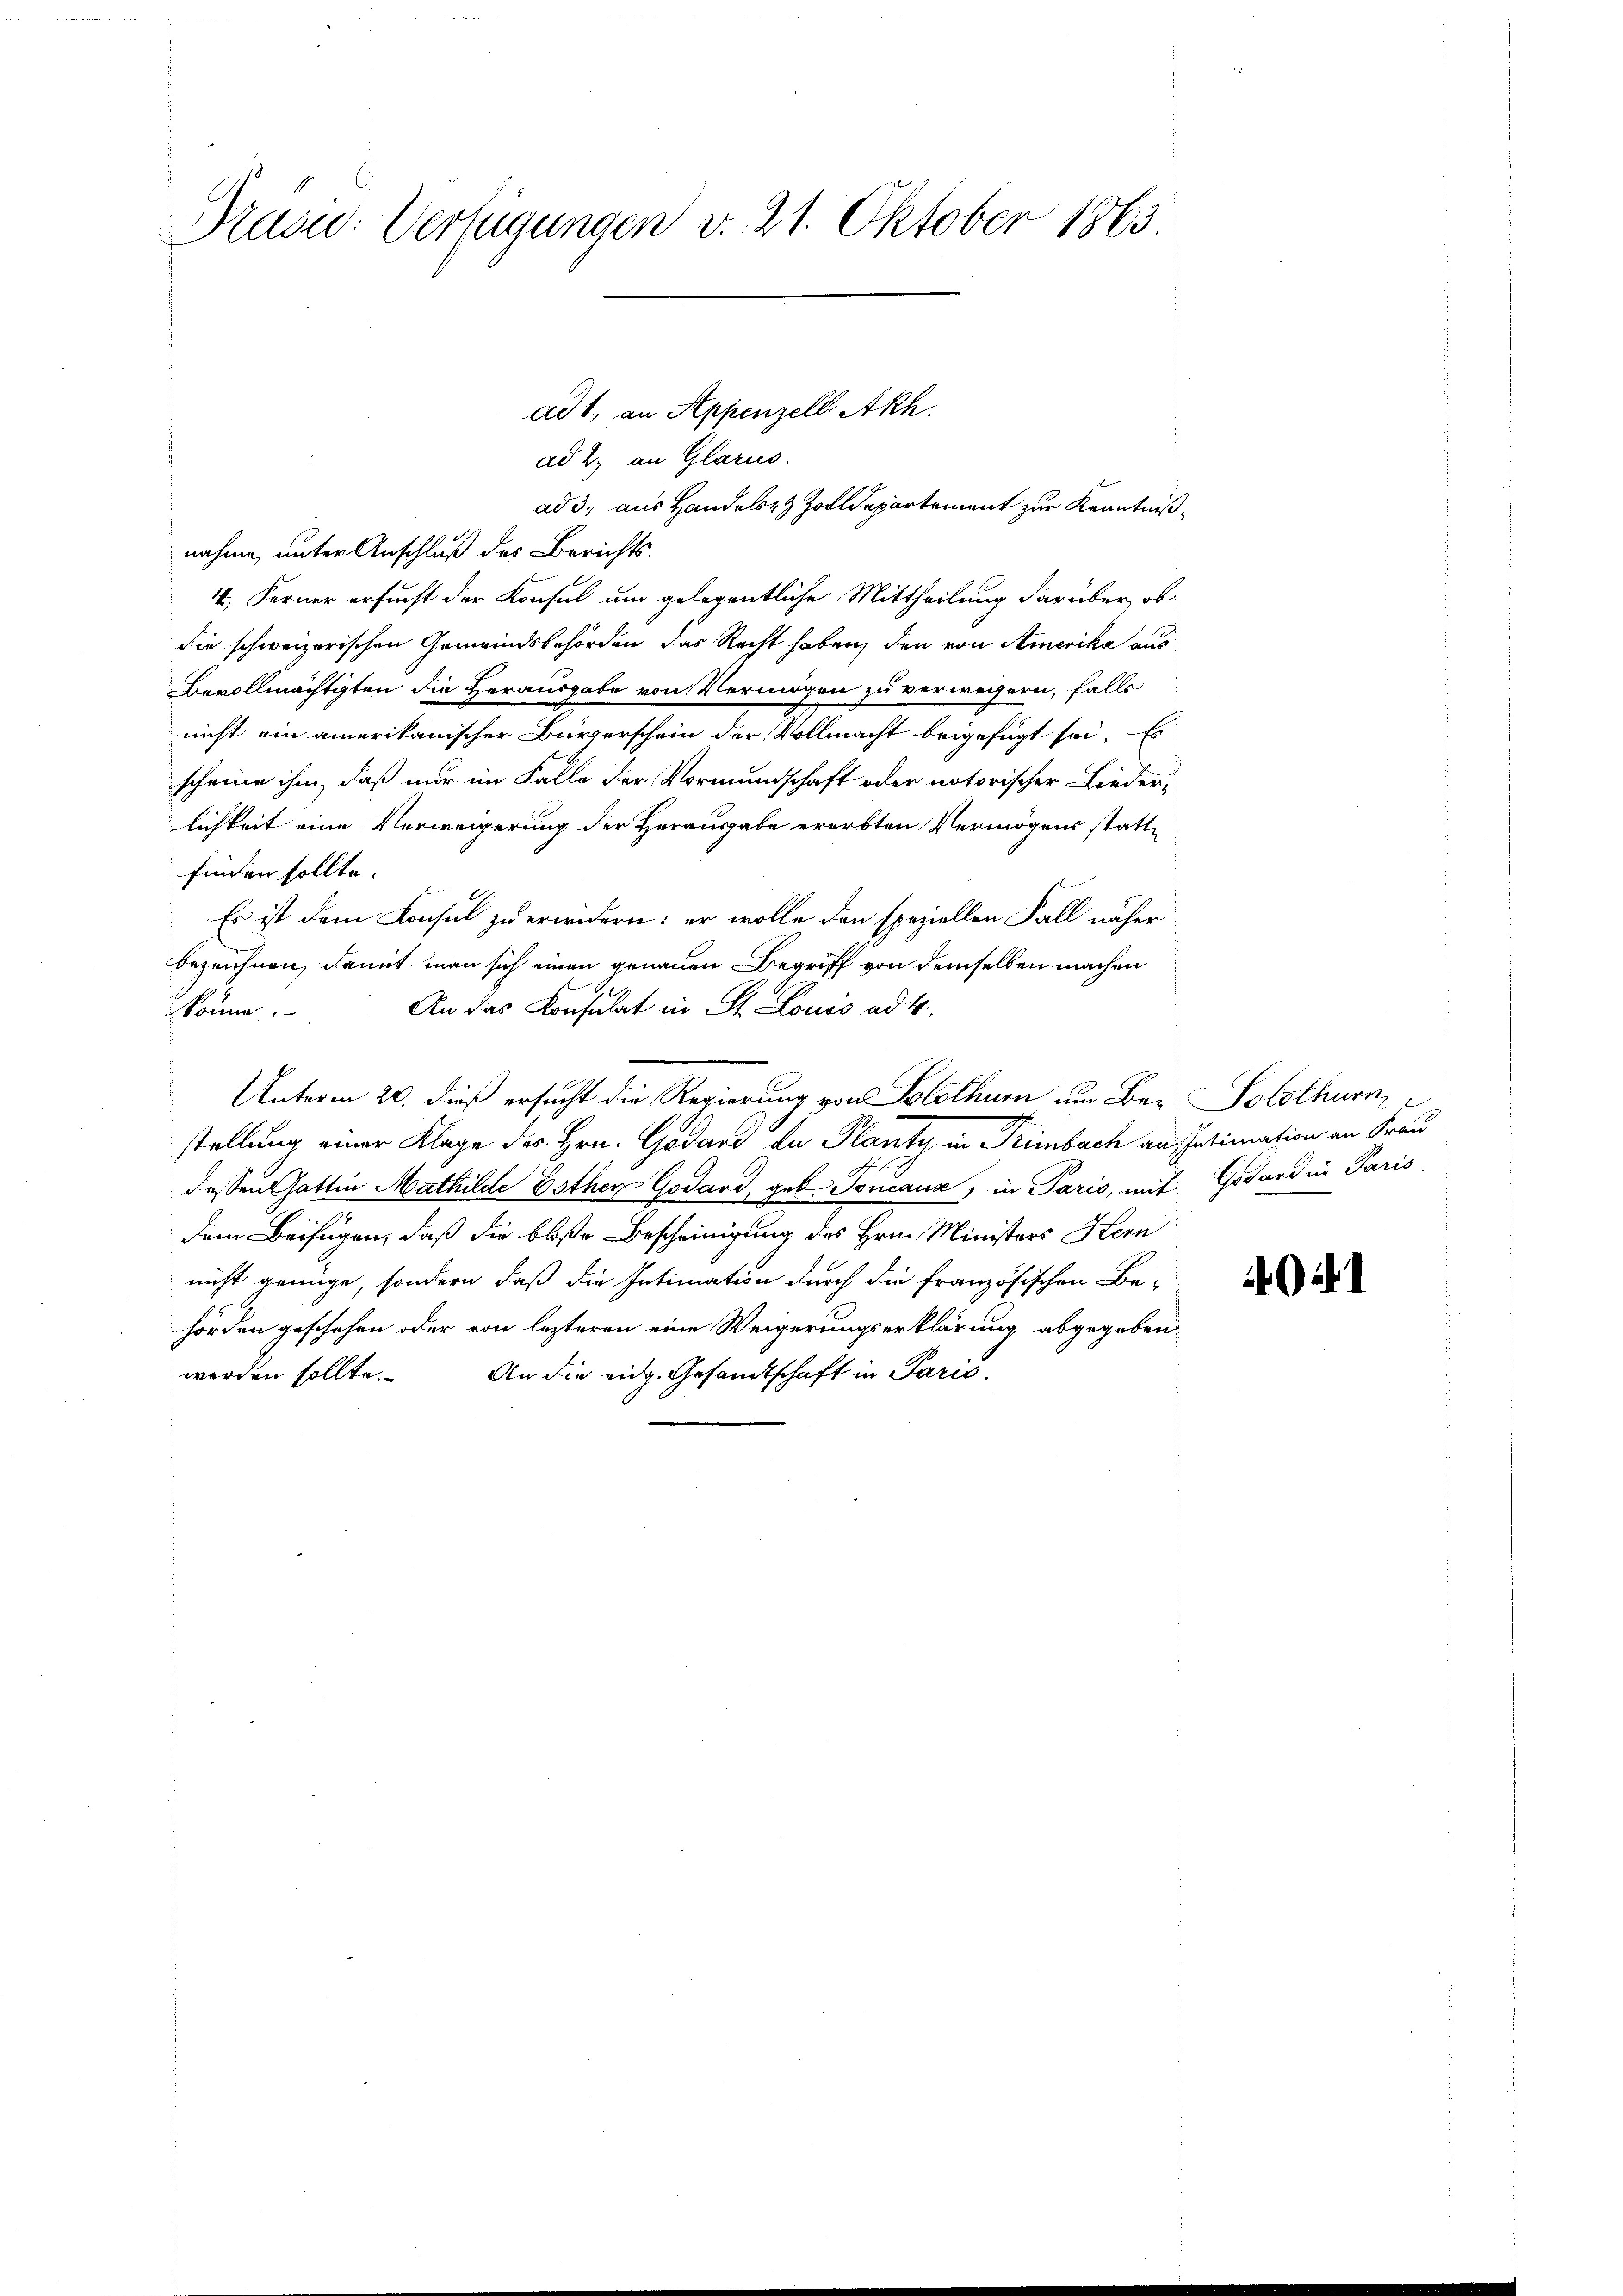
Dracu: Verfügungen v. 21. Oktober 1863

ad 2. an Glarus.
ad 3., aus Handels- & Zolldepartement zur Kenntnißnahme, unter Anschluß des Berichts¬
4. Ferner ersucht der Konsul um gelegentliche Mittheilung darüber, ob
die schweizerischen Gemeindsbehörden das Recht haben, den von Amerika aus
Bevollmächtigten die Herausgabe von Vermögen zu verweisern, falls
nicht ein amerikanischer Bürgerschein der Vollmacht beigefügt sei. Es
scheine ihm, daß nur im Falle der Vormundschaft oder notorischer Liederlichkeit eine Verweigerung der Herausgabe ererbten Vermögens stattfinden sollte.
E
Es ist dem Konsul zu erwidern: er wolle den speziellen Fall näher
bezeichnen, damit man sich einen genauen Begriff von demselben machen
An das Konsulat in St. Louis ad 4.
könne.
Unterm 20. dieß ersucht die Regierung von Solothurn um Ber Solothurn,
stellung einer Klage des Hrn. Godass de Planty in Primbach aussatimation an Frau
dessen Gattin Mathilde Esther Godard, geb. Toncause, in Paris, mit Getard in Paris
dem Beifügen, daß die bloße Bescheinigung des Hrn. Ministers Hern
nicht genüge, sondern, daß die Intimation durch die französischen Be-
hörden geschehen oder von lezteren eine Weigerungserklärung abgegeben
werden sollte. An die eidg. Gesandtschaft in Paris,

ad 1., an Appenzell Akh.

1